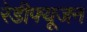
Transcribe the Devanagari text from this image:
रेडीफ्यूजन